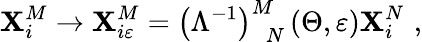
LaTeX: \mathbf{X}_{i}^{M}\rightarrow\mathbf{X}_{i\varepsilon}^{M}=\left(\Lambda^{-1}\right)_{\, \, \, N}^{M}\left(\Theta,\varepsilon\right)\mathbf{X}_{i}^{N}\, \, ,